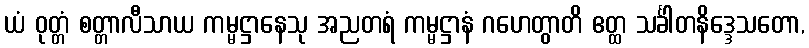
ယံ ဝုတ္တံ စတ္တာလီသာယ ကမ္မဋ္ဌာနေသု အညတရံ ကမ္မဋ္ဌာနံ ဂဟေတွာတိ ဧတ္ထ သင်္ခါတနိဒ္ဒေသတော,